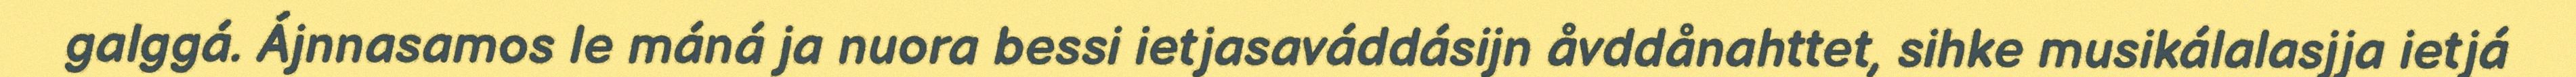
galggá. Ájnnasamos le máná ja nuora bessi ietjasaváddásijn åvddånahttet, sihke musikálalasjja ietjá